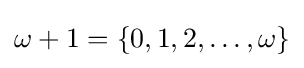
\omega +1=\left\{0,1,2,\dots ,\omega \right\}